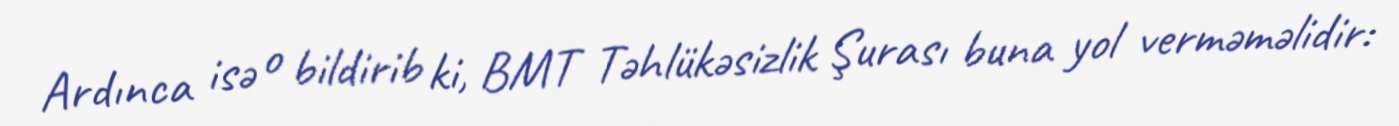
Ardınca isə o bildirib ki, BMT Təhlükəsizlik Şurası buna yol verməməlidir: